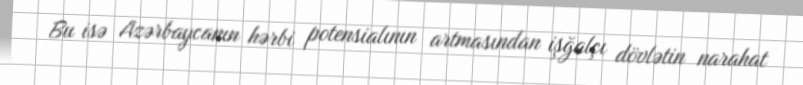
Bu isə Azərbaycanın hərbi potensialının artmasından işğalçı dövlətin narahat